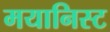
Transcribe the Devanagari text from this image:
मयानिस्ट